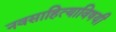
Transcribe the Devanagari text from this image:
नवसाहित्याविषयी